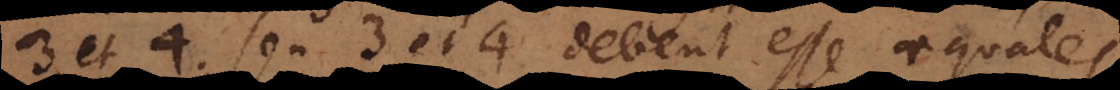
3 et 4, seu 3 et 4 debent esse aequales